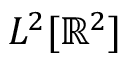
L ^ { 2 } [ \mathbb { R } ^ { 2 } ]